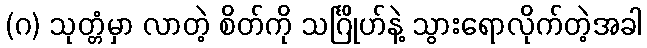
(ဂ) သုတ္တံမှာ လာတဲ့ စိတ်ကို သင်္ဂြိုဟ်နဲ့ သွားရောလိုက်တဲ့အခါ